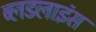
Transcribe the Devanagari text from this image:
ब्लडलाइंस